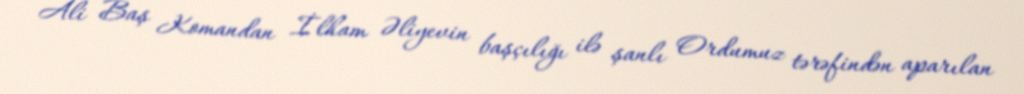
Ali Baş Komandan İlham Əliyevin başçılığı ilə şanlı Ordumuz tərəfindən aparılan